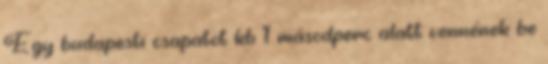
Egy budapesti csapatot kb 1 másodperc alatt vennének be